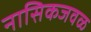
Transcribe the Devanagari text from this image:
नासिकजवळ